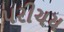
પરીચય